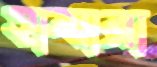
হামারা